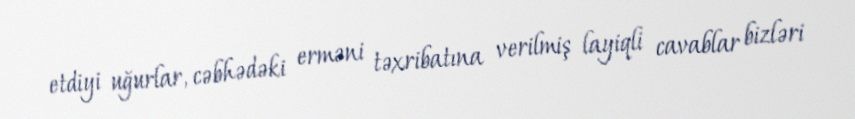
etdiyi uğurlar, cəbhədəki erməni təxribatına verilmiş layiqli cavablar bizləri